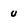
Character: U